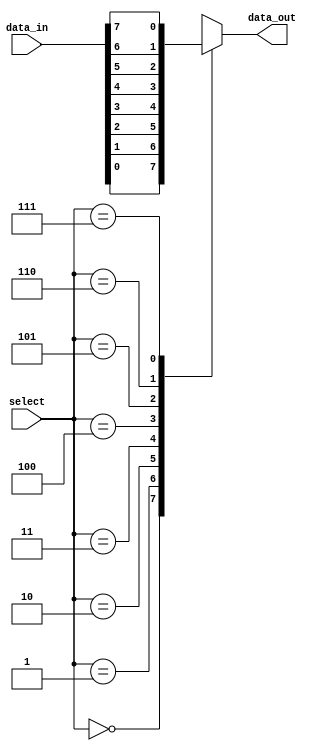
module io_buffer (
    input wire [7:0] data_in,
    input wire [2:0] select,
    output reg data_out
);

always @ (select, data_in)
begin
    case (select)
        3'b000: data_out <= data_in[0];
        3'b001: data_out <= data_in[1];
        3'b010: data_out <= data_in[2];
        3'b011: data_out <= data_in[3];
        3'b100: data_out <= data_in[4];
        3'b101: data_out <= data_in[5];
        3'b110: data_out <= data_in[6];
        3'b111: data_out <= data_in[7];
        default: data_out <= data_in[0];
    endcase
end

endmodule